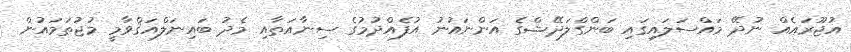
އުޖޫރައެއް ނުދޭ މައްސަލައިގައި ބަންގްލަދޭޝްގެ އަންނައުނު އުފެއްދުމުގެ ސިނާއަތާއި މެދު ބައިނަލްއަޤްވާމީ މުޖުތަމައުން